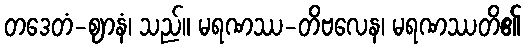
တဒေတံ-ဈာနံ၊ သည်။ မရဏဿ-တိဗလေန၊ မရဏဿတိ၏